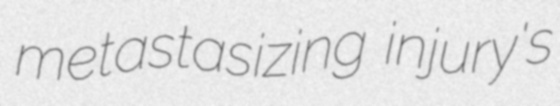
metastasizing injury's